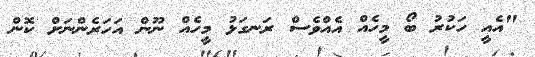
"އެއީ ހަކުރު ބޯ މީހެއް އެއްވެސް ރަނގަޅު މީހެއް ނޫން އަހަރެންނަށް ކޮން